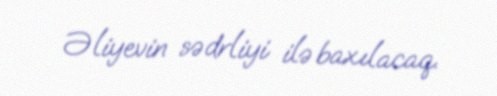
Əliyevin sədrliyi ilə baxılacaq.